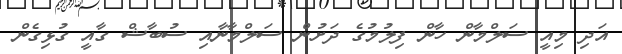
އަދި މިއީ ސަލްމާން ހާން ފިލުމުގެ ދަށުން ސަލްމާނާއި ސުބާޝް ގާއީ ގުޅިގެން